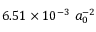
6 . 5 1 \times 1 0 ^ { - 3 } \ a _ { 0 } ^ { - 2 }